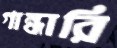
গান্ধারি